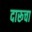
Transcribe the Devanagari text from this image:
दारूचा